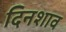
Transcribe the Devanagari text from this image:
दिनशाव